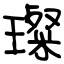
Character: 璨